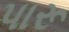
પારૂ